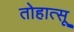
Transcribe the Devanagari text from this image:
तोहात्सू